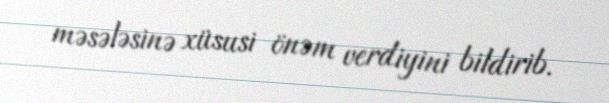
məsələsinə xüsusi önəm verdiyini bildirib.